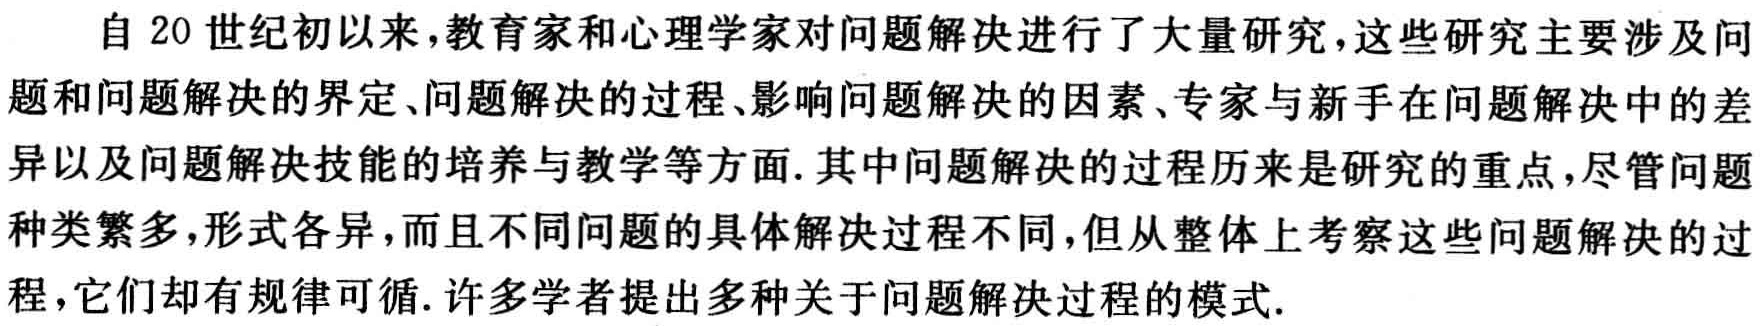
自20世纪初以来,教育家和心理学家对问题解决进行了大量研究,这些研究主要涉及问题和问题解决的界定、问题解决的过程、影响问题解决的因素、专家与新手在问题解决中的差异以及问题解决技能的培养与教学等方面.其中问题解决的过程历来是研究的重点,尽管问题种类繁多,形式各异,而且不同问题的具体解决过程不同,但从整体上考察这些问题解决的过程,它们却有规律可循.许多学者提出多种关于问题解决过程的模式.